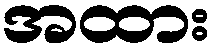
အထား